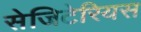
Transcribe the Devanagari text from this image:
सेजिटेरियस